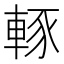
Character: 𨌇